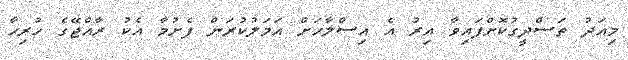
މިއަދު ތަސްދީގުކޮށްފައިވާ އިރު އެ އިސްލާހަށް އަމަލުކުރަން ފެށުމާ އެކު ރާއްޖޭގެ ހުރިހާ